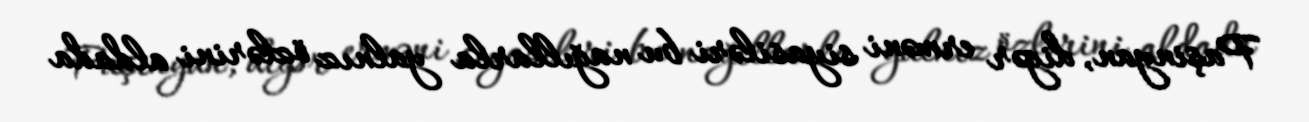
Paşinyan, digər erməni siyasiləri bu nağıllarla yalnız özlərini aldada